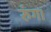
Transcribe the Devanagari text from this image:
रुंगा